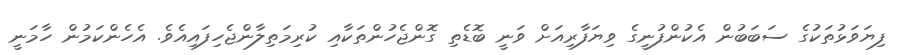
ފިޔަވަޅުތަކުގެ ސަބަބުން އެކުންފުނީގެ ވިޔަފާރިއަށް ވަނީ ބޮޑެތި ގޮންޖެހުންތަކާއި ކުރިމަތިލާންޖެހިފައިއެވެ. އެހެންކަމުން ހާމަނީ